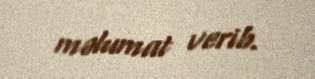
məlumat verib.